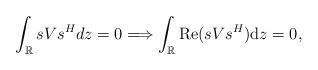
LaTeX: \begin{align*} \int_{\mathbb{R}}sVs^{H} dz=0 \Longrightarrow \int_{\mathbb{R}}{\rm Re} (sVs^{H} ) \mathrm{d}z=0,\end{align*}